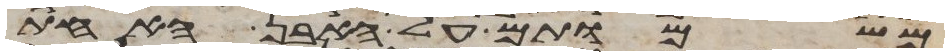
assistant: משמותם על האבן האחת